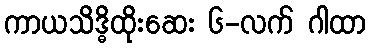
ကာယသိဒ္ဓိထိုးဆေး ၆-လက် ဂါထာ